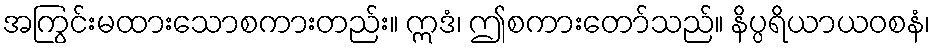
အကြွင်းမထားသောစကားတည်း။ ဣဒံ၊ ဤစကားတော်သည်။ နိပ္ပရိယာယဝစနံ၊